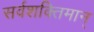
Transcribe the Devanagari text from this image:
सर्वशक्‍तिमान्